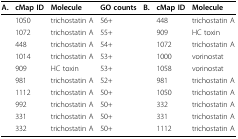
| A. | cMap ID | Molecule | GO counts | B. | cMap ID | Molecule |
 | --- | --- | --- | --- | --- | --- | --- |
 |  | 1050 | trichostatin A | 56+ |  | 448 | trichostatin A |
 |  | 1072 | trichostatin A | 55+ |  | 909 | HC toxin |
 |  | 448 | trichostatin A | 54+ |  | 1072 | trichostatin A |
 |  | 1014 | trichostatin A | 53+ |  | 1000 | vorinostat |
 |  | 909 | HC toxin | 53+ |  | 1058 | vorinostat |
 |  | 981 | trichostatin A | 52+ |  | 981 | trichostatin A |
 |  | 1112 | trichostatin A | 50+ |  | 1050 | trichostatin A |
 |  | 992 | trichostatin A | 50+ |  | 332 | trichostatin A |
 |  | 331 | trichostatin A | 50+ |  | 331 | trichostatin A |
 |  | 332 | trichostatin A | 50+ |  | 1112 | trichostatin A |